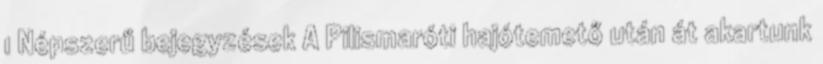
1 Népszerű bejegyzések A Pilismaróti hajótemető után át akartunk